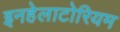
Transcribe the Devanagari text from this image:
इनहेलाटोरियम